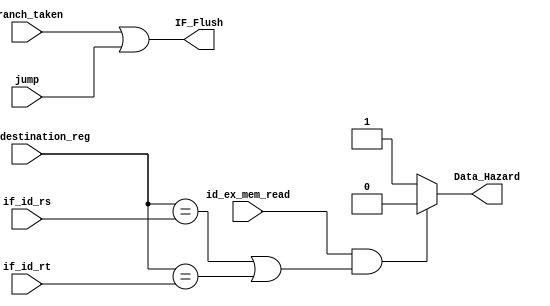
module Hazard_detection(
    input id_ex_mem_read,
    input [4:0]id_ex_destination_reg, 
    input [4:0] if_id_rs, if_id_rt, 
    input branch_taken, jump,
    output reg Data_Hazard,
    output reg IF_Flush
);
    always @(*)
    begin
        if ((id_ex_mem_read == 1'b1) & ((id_ex_destination_reg == if_id_rs) | (id_ex_destination_reg == if_id_rt)) ) 
            Data_Hazard = 1'b0;
        else
             Data_Hazard = 1'b1;
        IF_Flush = branch_taken | jump;
    end
endmodule